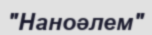
"Наноәлем"